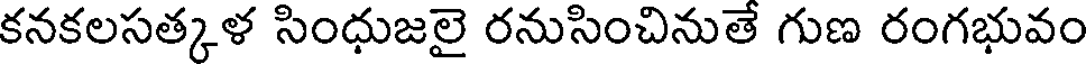
కనకలసత్కళ సింధుజలై రనుసించినుతే గుణ రంగభువం